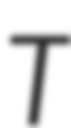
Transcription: T